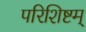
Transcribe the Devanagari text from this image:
परिशिष्टम्